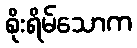
စိုးရိမ်သောက